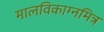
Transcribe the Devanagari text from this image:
मालविकाग्नमित्र